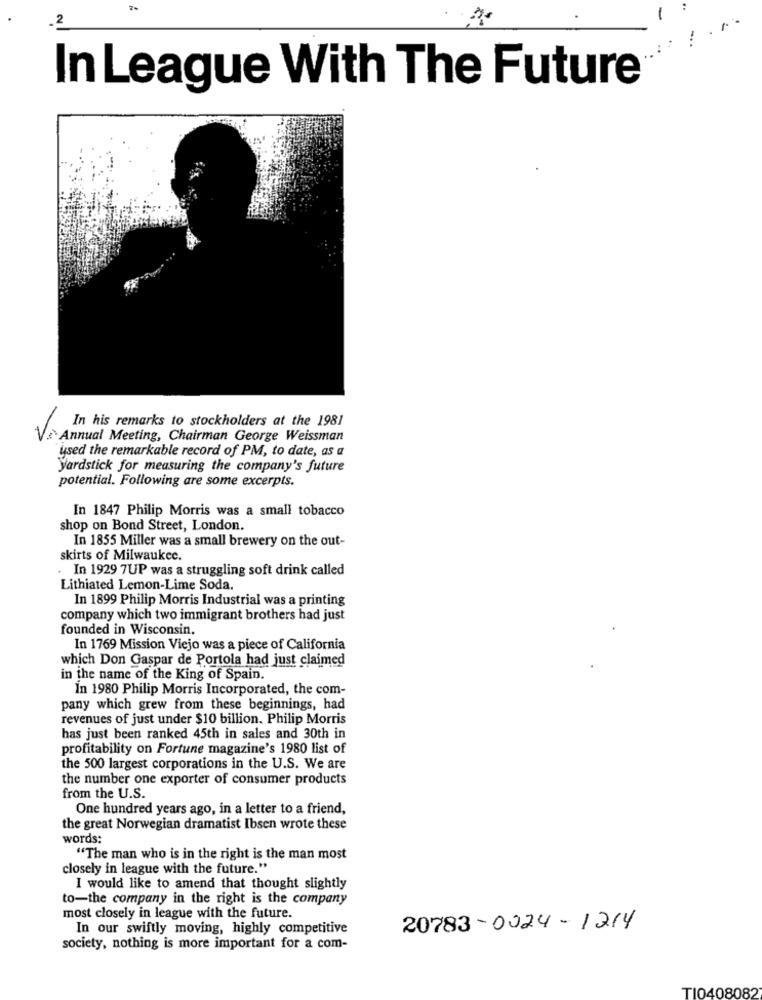
In League With The Future
In his remarks to stockholders at the 1981
V
Annual Meeting, Chairman George Weissman
used the remarkable record of PM, to date, as a
yardstick for measuring the company's future
potential. Following are some excerpts.
In 1847 Philip Morris was a small tobacco
shop on Bond Street, London.
In 1855 Miller was a small brewery on the out-
skirts of Milwaukee.
In 1929 7UP was a struggling soft drink called
Lithiated Lemon-Lime Soda.
In 1899 Philip Morris Industrial was a printing
company which two immigrant brothers had just
founded in Wisconsin,
In 1769 Mission Viejo was a piece of California
which Don Gaspar de Portola had just claimed
in the name of the King of Spain.
In 1980 Philip Morris Incorporated, the com-
pany which grew from these beginnings, had
revenues of just under $10 billion. Philip Morris
has just been ranked 45th in sales and 30th in
profitability on Fortune magazine's 1980 list of
the 500 largest corporations in the U.S. We are
the number one exporter of consumer products
from the U.S.
One hundred years ago, in a letter to a friend,
the great Norwegian dramatist Ibsen wrote these
words:
"The man who is in the right is the man most
closely in league with the future."
I would like to amend that thought slightly
to-the company in the right is the company
most closely in league with the future.
In our swiftly moving, highly competitive
20783-0024-1214
society, nothing is more important for a com-
TI0408082